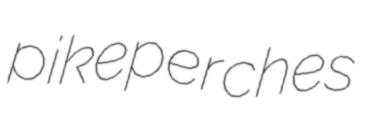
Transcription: pikeperches